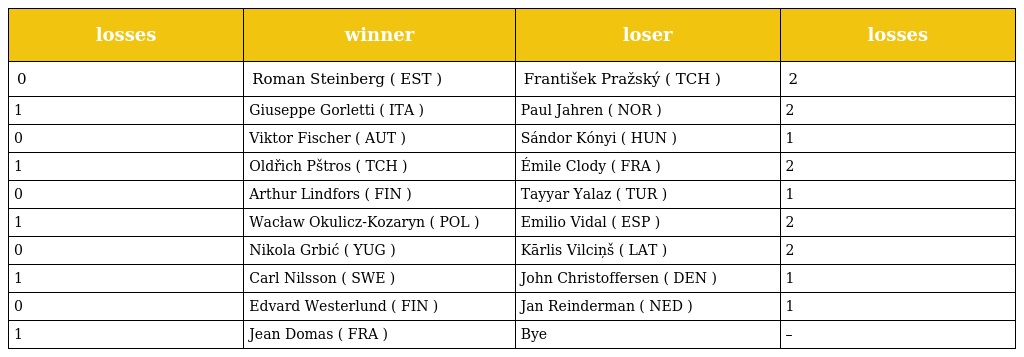
| losses | winner | loser | losses |
 | --- | --- | --- | --- |
 | 0 | Roman Steinberg ( EST ) | František Pražský ( TCH ) | 2 |
 | 1 | Giuseppe Gorletti ( ITA ) | Paul Jahren ( NOR ) | 2 |
 | 0 | Viktor Fischer ( AUT ) | Sándor Kónyi ( HUN ) | 1 |
 | 1 | Oldřich Pštros ( TCH ) | Émile Clody ( FRA ) | 2 |
 | 0 | Arthur Lindfors ( FIN ) | Tayyar Yalaz ( TUR ) | 1 |
 | 1 | Wacław Okulicz-Kozaryn ( POL ) | Emilio Vidal ( ESP ) | 2 |
 | 0 | Nikola Grbić ( YUG ) | Kārlis Vilciņš ( LAT ) | 2 |
 | 1 | Carl Nilsson ( SWE ) | John Christoffersen ( DEN ) | 1 |
 | 0 | Edvard Westerlund ( FIN ) | Jan Reinderman ( NED ) | 1 |
 | 1 | Jean Domas ( FRA ) | Bye | – |